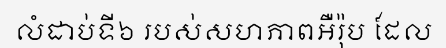
លំដាប់ទី៦ របស់សហភាពអឺរ៉ុប ដែល